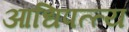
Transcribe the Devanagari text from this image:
आधिपत्त्य